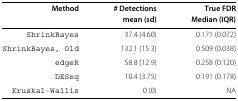
<table><thead><tr><td><b>Method</b></td><td><b># Detections</b></td><td><b>True FDR</b></td></tr><tr><td><b> </b></td><td><b>mean (sd)</b></td><td><b>Median (IQR)</b></td></tr></thead><tbody><tr><td>ShrinkBayes</td><td>37.4 (4.60)</td><td>0.171 (0.072)</td></tr><tr><td>ShrinkBayes, Old</td><td>132.1 (15.3)</td><td>0.509 (0.038)</td></tr><tr><td>edgeR</td><td>58.8 (12.9)</td><td>0.258 (0.120)</td></tr><tr><td>DESeq</td><td>10.4 (3.75)</td><td>0.191 (0.178)</td></tr><tr><td>Kruskal-Wallis</td><td>0 (0)</td><td>NA</td></tr></tbody></table>